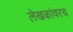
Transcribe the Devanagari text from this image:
लेखकांवरच